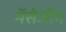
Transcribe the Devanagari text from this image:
मॅसेजींग